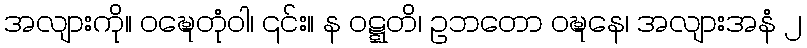
အလျားကို။ ဝဍ္ဎေတုံဝါ၊ ၎င်း။ န ဝဋ္ဋတိ၊ ဥဘတော ဝဍ္ဎနေ၊ အလျားအနံ ၂